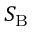
S _ { \mathrm { B } }